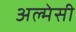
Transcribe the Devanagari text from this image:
अल्मेसी